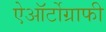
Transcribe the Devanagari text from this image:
ऐऑर्टोग्राफी